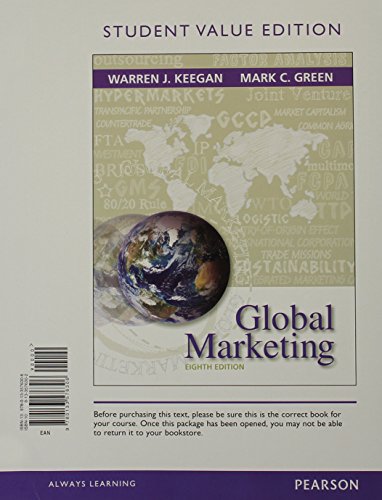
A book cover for Global Marketing, Student Value Edition Plus 2014 MyMarketingLab with Pearson eText -- Access Card Package (8th Edition); Warren J. Keegan; Business & Money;